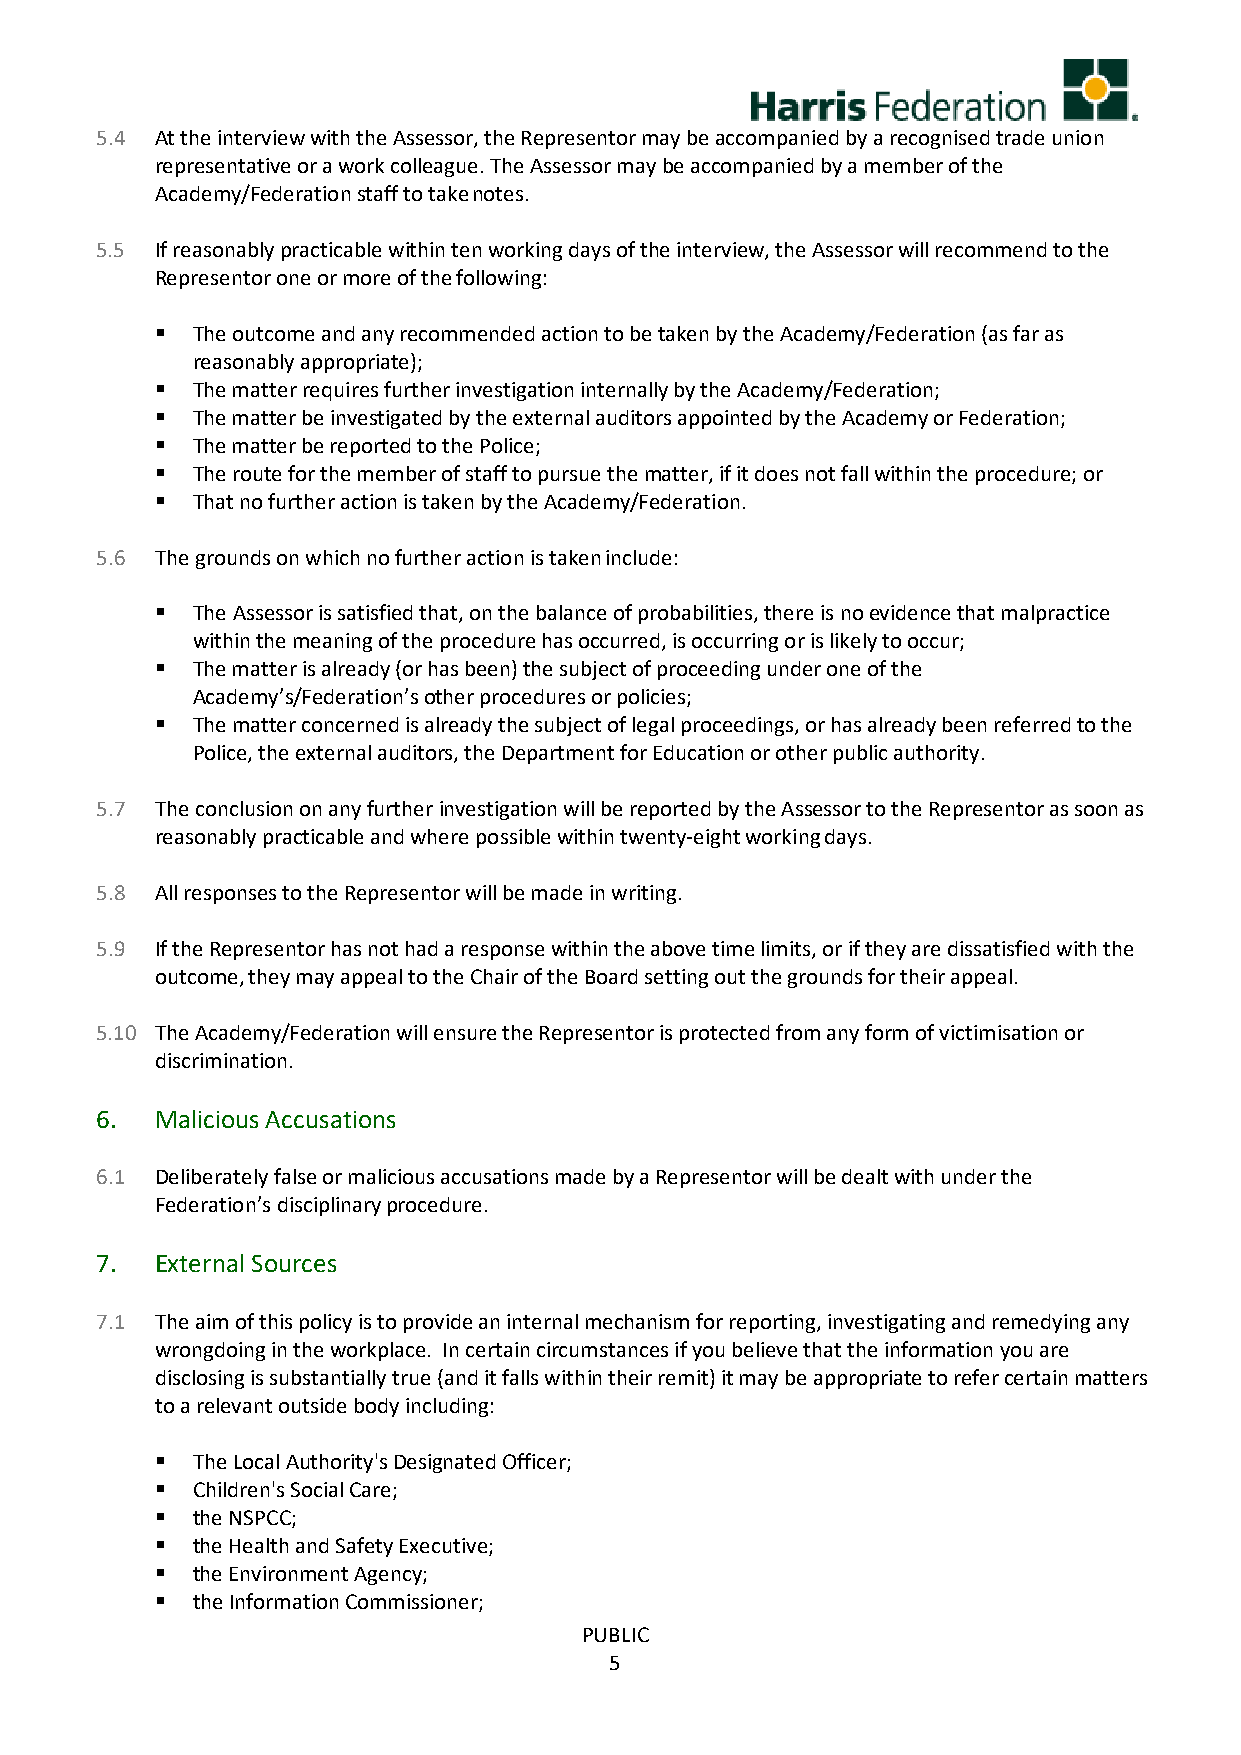
5.4 At the interview with the Assessor, the Representor may be accompanied by a recognised trade union
 representative or a work colleague. The Assessor may be accompanied by a member of the
 Academy/Federation staff to take notes.
 5.5 If reasonably practicable within ten working days of the interview, the Assessor will recommend to the
 Representor one or more of the following:
   The outcome and any recommended action to be taken by the Academy/Federation (as far as
 reasonably appropriate);
   The matter requires further investigation internally by the Academy/Federation;
   The matter be investigated by the external auditors appointed by the Academy or Federation;
   The matter be reported to the Police;
   The route for the member of staff to pursue the matter, if it does not fall within the procedure; or
   That no further action is taken by the Academy/Federation.
 5.6 The grounds on which no further action is taken include:
   The Assessor is satisfied that, on the balance of probabilities, there is no evidence that malpractice
 within the meaning of the procedure has occurred, is occurring or is likely to occur;
   The matter is already (or has been) the subject of proceeding under one of the
 Academy’s/Federation’s other procedures or policies;
   The matter concerned is already the subject of legal proceedings, or has already been referred to the
 Police, the external auditors, the Department for Education or other public authority.
 5.7 The conclusion on any further investigation will be reported by the Assessor to the Representor as soon as
 reasonably practicable and where possible within twenty-eight working days.
 5.8 All responses to the Representor will be made in writing.
 5.9 If the Representor has not had a response within the above time limits, or if they are dissatisfied with the
 outcome, they may appeal to the Chair of the Board setting out the grounds for their appeal.
 5.10 The Academy/Federation will ensure the Representor is protected from any form of victimisation or
 discrimination.
 6.  Malicious Accusations
 6.1 Deliberately false or malicious accusations made by a Representor will be dealt with under the
 Federation’s disciplinary procedure.
 7.  External Sources
 7.1 The aim of this policy is to provide an internal mechanism for reporting, investigating and remedying any
 wrongdoing in the workplace. In certain circumstances if you believe that the information you are
 disclosing is substantially true (and it falls within their remit) it may be appropriate to refer certain matters
 to a relevant outside body including:
   The Local Authority's Designated Officer;
   Children's Social Care;
   the NSPCC;
   the Health and Safety Executive;
   the Environment Agency;
   the Information Commissioner;
 PUBLIC
 5